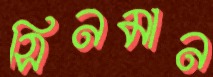
সিনমান